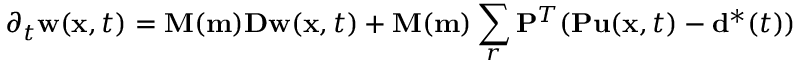
\partial _ { t } \mathbf { w } ( \mathbf { x } , t ) = \mathbf { M ( m ) } \mathbf { D w } ( \mathbf { x } , t ) + \mathbf { M ( m ) } \sum _ { r } \mathbf { P } ^ { T } ( \mathbf { P u } ( \mathbf { x } , t ) - \mathbf { d } ^ { * } ( t ) )